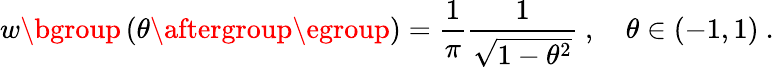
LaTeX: w\mathopen{}\mathclose\bgroup\left(\theta\aftergroup\egroup\right)=\frac{1}{\pi}\frac{1}{\sqrt{1-\theta^{2}}}~,\quad\theta\in\left(-1,1\right)~.